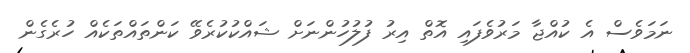
ނަމަވެސް އެ ކުއްޖާ މަރުވެފައި އޮތް އިރު ފުލުހުންނަށް ޝައްކުކުރެވޭ ކަންތައްތަކެއް ހުރެގެން